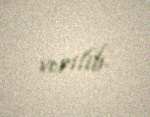
verilib.